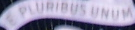
PLURIBUSUNUM